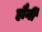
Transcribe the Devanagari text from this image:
हौर्नी